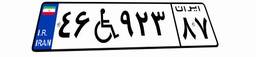
۴۶W۹۲۳۸۷